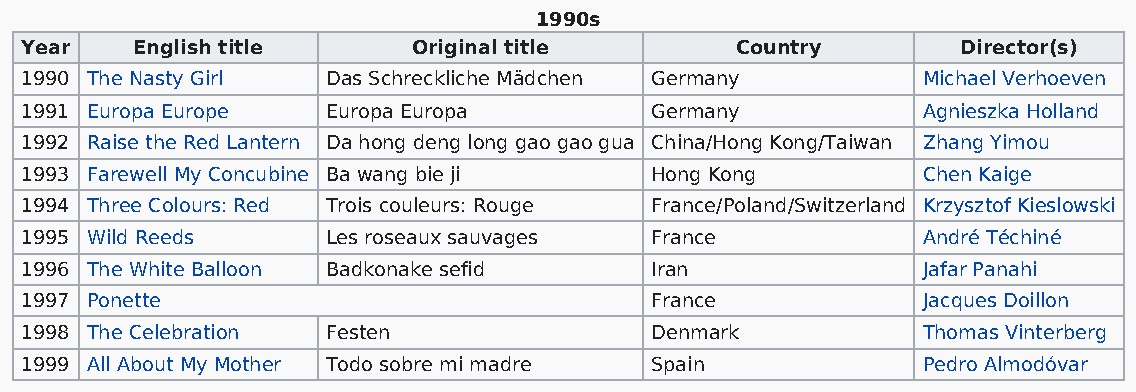
1990s
 Year    English title     Original title        Country        Director(s)
 1990 The Nasty Girl  Das Schreckliche Mädchen Germany       Michael Verhoeven
 1991 Europa Europe   Europa Europa        Germany           Agnieszka Holland
 1992 Raise the Red Lantern Da hong deng long gao gao gua China/Hong Kong/Taiwan Zhang Yimou
 1993 Farewell My Concubine Ba wang bie ji Hong Kong         Chen Kaige
 1994 Three Colours: Red Trois couleurs: Rouge France/Poland/Switzerland Krzysztof Kieslowski
 1995 Wild Reeds      Les roseaux sauvages France            André Téchiné
 1996 The White Balloon Badkonake sefid    Iran              Jafar Panahi
 1997 Ponette                              France            Jacques Doillon
 1998 The Celebration Festen               Denmark           Thomas Vinterberg
 1999 All About My Mother Todo sobre mi madre Spain          Pedro Almodóvar